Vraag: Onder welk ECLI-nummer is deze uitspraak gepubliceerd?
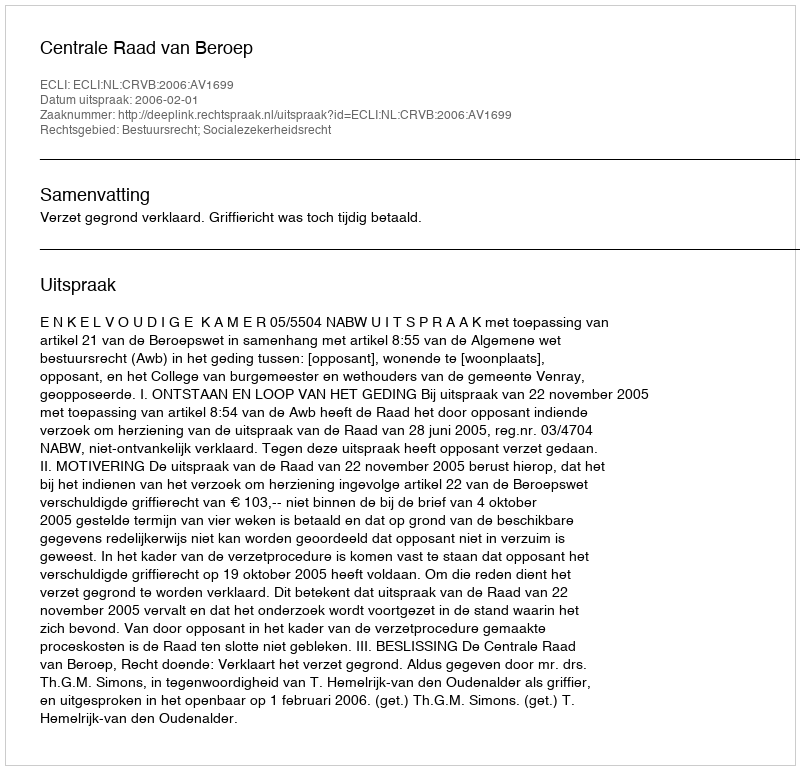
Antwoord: ECLI:NL:CRVB:2006:AV1699